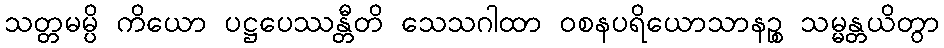
သတ္တမမ္ပိ ကိယော ပဋ္ဌပေဿန္တီတိ သေသဂါထာ ဝစနပရိယောသာနဉ္စ သမ္မန္တယိတွာ